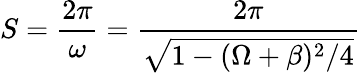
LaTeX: S=\frac{2\pi}{\omega}=\frac{2\pi}{\sqrt{1-(\Omega+\beta)^{2}/4}}